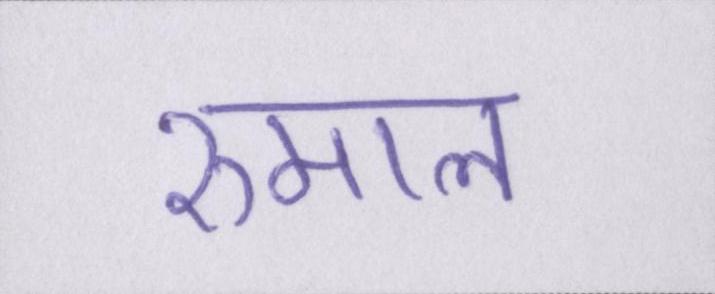
रुमाल